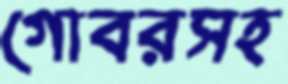
গোবরসহ